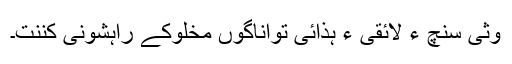
وثی سنچ ءُُ لائقی ءُُ ہذائی تواناگوں مخلوکے راہشونی کننت۔